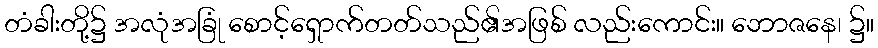
တံခါးတို့၌ အလုံအခြုံ စောင့်ရှောက်တတ်သည်၏အဖြစ် လည်းကောင်း။ ဘောဇနေ၊ ၌။